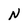
Character: N